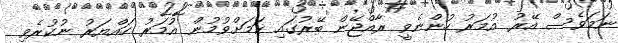
ނަމަވެސް އޭރު އުމަރު ހުންނެވީ ރާއްޖޭން ބޭރުގައި ކަމަށްވުމުން އުމަރު ހައްޔަރު ނުކުރެވި